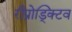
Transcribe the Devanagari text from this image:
रीप्रोड्क्टिव